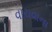
વાચવાના